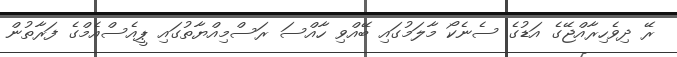
ރޭ ދިވެހިރާއްޖޭގެ އަޑުގެ ސެނެކޯ މާލަމުގައި ބޭއްވި ހާއްސަ ރަސްމިއްޔާތުގައި ޕީއެސްއެމްގެ ފަރާތުން